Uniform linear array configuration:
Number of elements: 48
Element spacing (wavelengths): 0.5
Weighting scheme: blackman
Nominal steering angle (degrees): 60
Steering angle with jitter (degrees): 59.895
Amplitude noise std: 0.05
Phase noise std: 0.05

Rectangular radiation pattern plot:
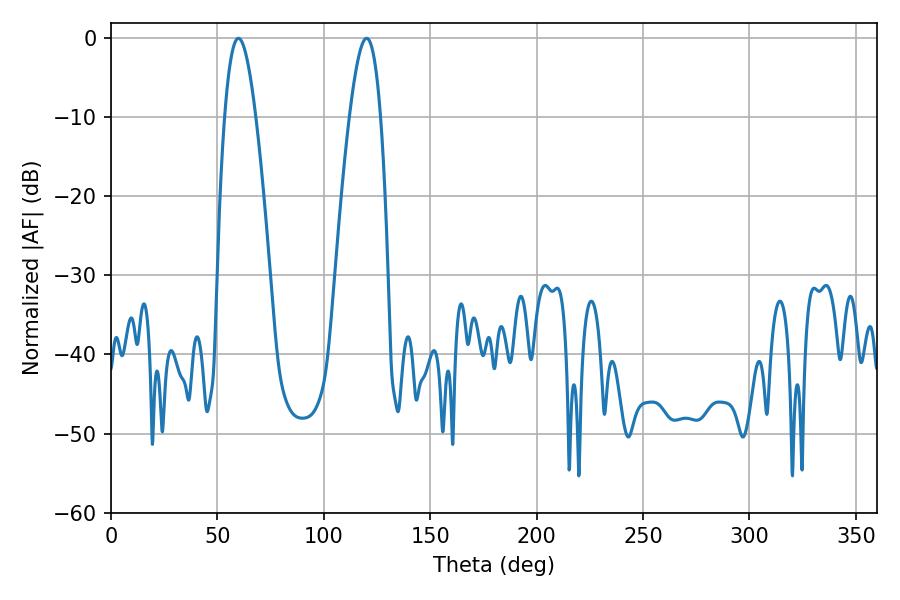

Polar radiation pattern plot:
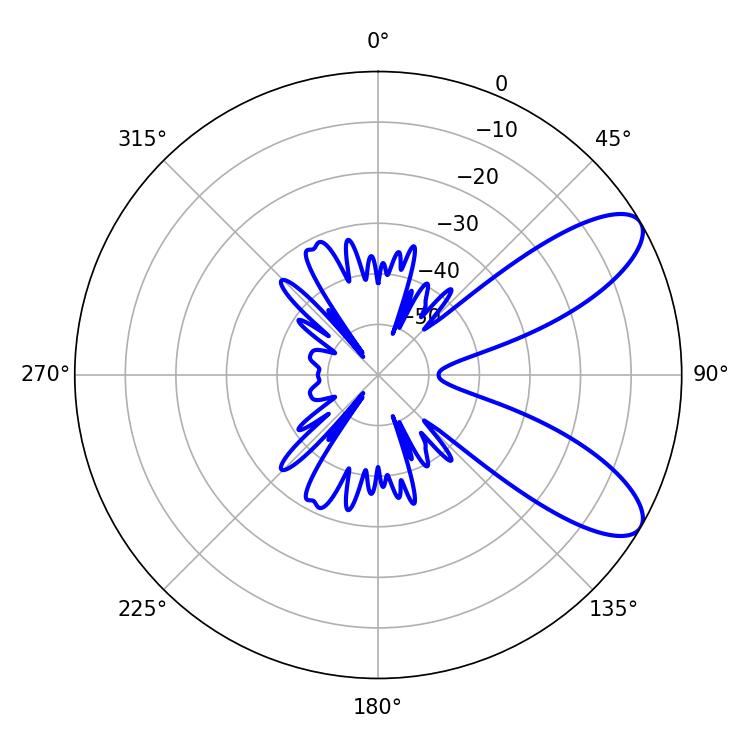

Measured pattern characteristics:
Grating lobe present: FALSE
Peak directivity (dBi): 8.846
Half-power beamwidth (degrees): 7.92
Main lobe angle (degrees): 59.94